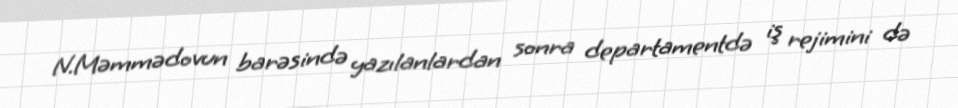
N.Məmmədovun barəsində yazılanlardan sonra departamentdə iş rejimini də